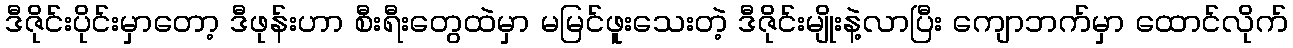
ဒီဇိုင်းပိုင်းမှာတော့ ဒီဖုန်းဟာ စီးရီးတွေထဲမှာ မမြင်ဖူးသေးတဲ့ ဒီဇိုင်းမျိုးနဲ့လာပြီး ကျောဘက်မှာ ထောင်လိုက်